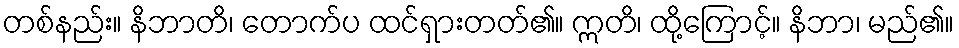
တစ်နည်း။ နိဘာတိ၊ တောက်ပ ထင်ရှားတတ်၏။ ဣတိ၊ ထို့ကြောင့်။ နိဘာ၊ မည်၏။